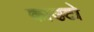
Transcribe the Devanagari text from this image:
काउटो